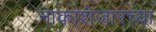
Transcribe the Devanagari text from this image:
नाकाशेजारच्या